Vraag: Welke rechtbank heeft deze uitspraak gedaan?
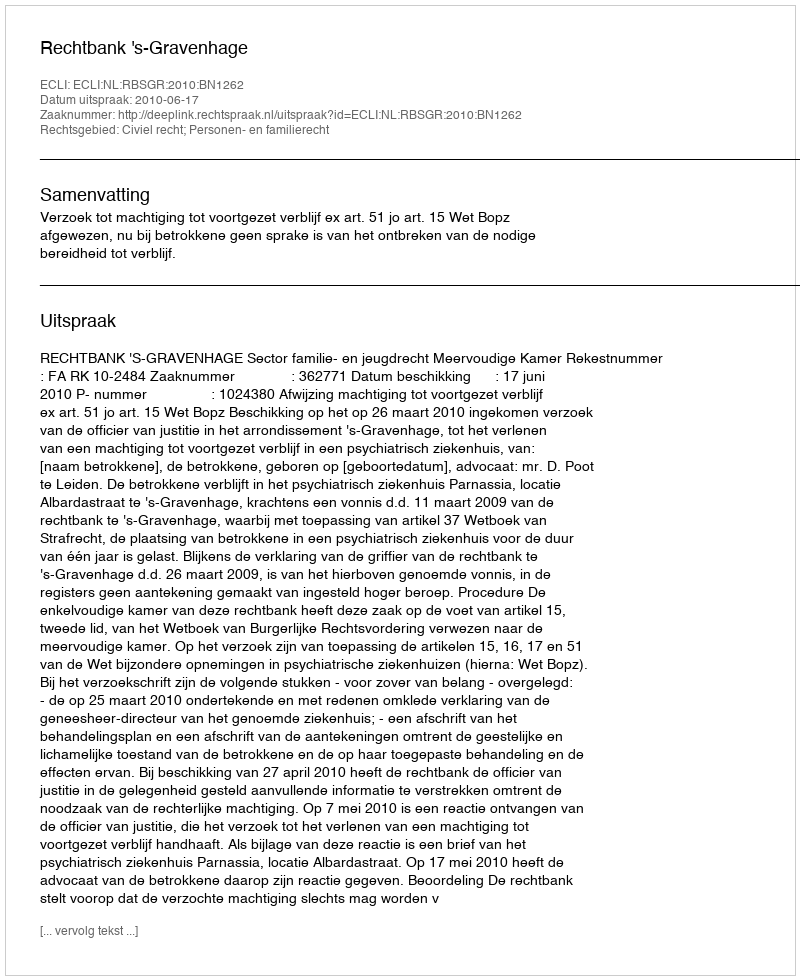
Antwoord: Rechtbank 's-Gravenhage